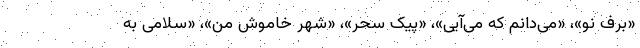
«برف نو»، «می‌دانم که می‌آیی»، «پیک سحر»، «شهر خاموش من»، «سلامی به